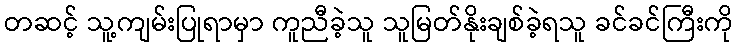
တဆင့် သူ့ကျမ်းပြုရာမှာ ကူညီခဲ့သူ သူမြတ်နိုးချစ်ခဲ့ရသူ ခင်ခင်ကြီးကို